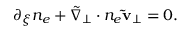
\begin{array} { r } { \partial _ { \xi } n _ { e } + \tilde { \nabla } _ { \perp } \cdot n _ { e } \mathbf { \tilde { v } } _ { \perp } = 0 . } \end{array}